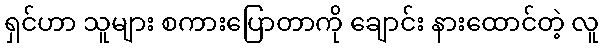
ရှင်ဟာ သူများ စကားပြောတာကို ချောင်း နားထောင်တဲ့ လူ